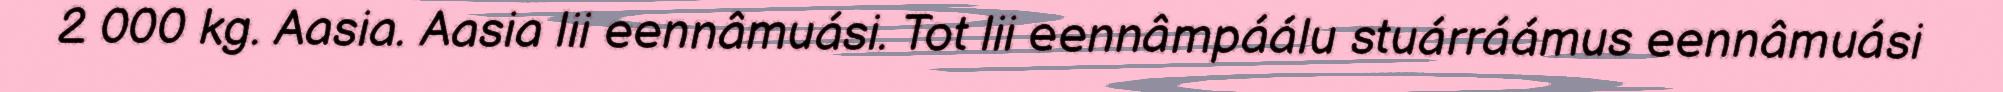
2 000 kg. Aasia. Aasia lii eennâmuási. Tot lii eennâmpáálu stuárráámus eennâmuási